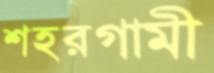
শহরগামী